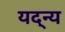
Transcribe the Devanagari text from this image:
यद्न्य